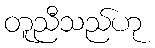
တူညီသည်ဟု